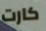
كارت